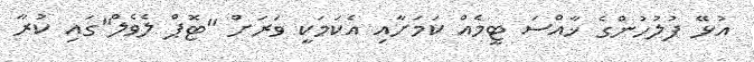
އުޅޭ ފުލުހުންގެ ޚާއްސަ ޓީމެއް ކަމަށާއި އެކަމަކީ ވަރަށް "ޓޮޕް ލެވެލް"ގައި ކުރާ